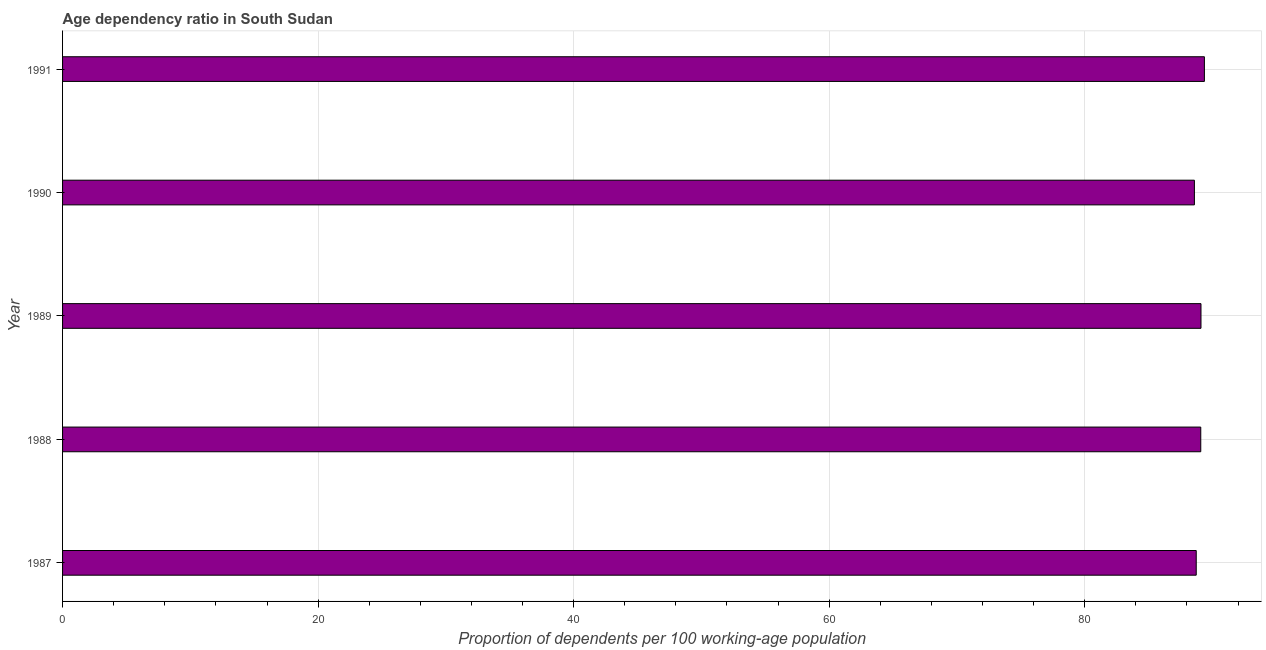
| Year | Age dependency ratio (% of working-age population) |
 | --- | --- |
 | 1987 | 88.7 |
 | 1988 | 89.1 |
 | 1989 | 89.1 |
 | 1990 | 88.6 |
 | 1991 | 89.4 |